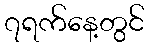
၇ရက်နေ့တွင်